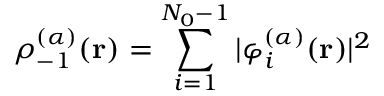
\rho _ { - 1 } ^ { ( \alpha ) } ( \mathbf { r } ) = \sum _ { i = 1 } ^ { N _ { 0 } - 1 } | \varphi _ { i } ^ { ( \alpha ) } ( \mathbf { r } ) | ^ { 2 }